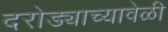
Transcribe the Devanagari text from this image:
दरोड्याच्यावेळी